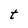
Character: t